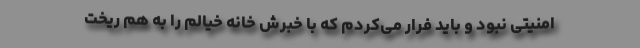
امنیتی نبود و باید فرار می‌کردم که با خبرش خانه خیالم را به هم ریخت